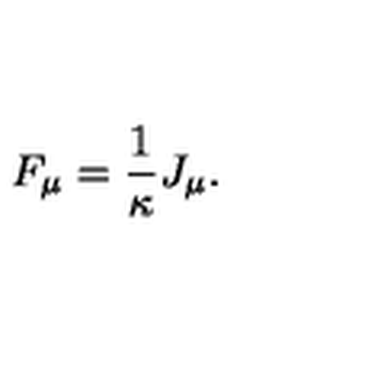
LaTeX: F _ { \mu } = { \frac { 1 } { \kappa } } J _ { \mu } .